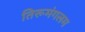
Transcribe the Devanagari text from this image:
तिरूमंगलम